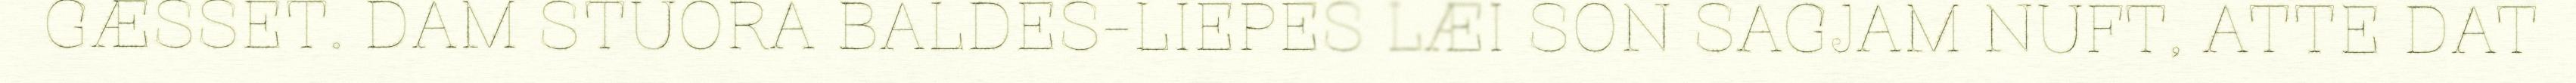
GÆSSET. DAM STUORA BALDES-LIEPES LÆI SON SAGJAM NUFT, ATTE DAT